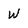
Character: W